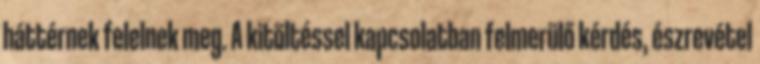
háttérnek felelnek meg. A kitöltéssel kapcsolatban felmerülő kérdés, észrevétel